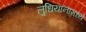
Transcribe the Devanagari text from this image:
लुधियानामध्ये